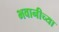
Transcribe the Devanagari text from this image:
भवानीच्या